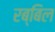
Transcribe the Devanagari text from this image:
रब्बिल